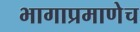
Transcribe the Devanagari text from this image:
भागाप्रमाणेच